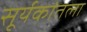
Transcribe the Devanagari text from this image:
सूर्यकांतला